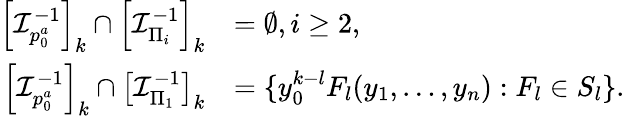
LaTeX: \begin{array}{rl}{\left[\mathcal{I}_{p_{0}^{a}}^{-1}\right]_{k}\cap\left[\mathcal{I}_{\Pi_{i}}^{-1}\right]_{k}}&{=\emptyset,i\ge 2,}\\ {\left[\mathcal{I}_{p_{0}^{a}}^{-1}\right]_{k}\cap\left[\mathcal{I}_{\Pi_{1}}^{-1}\right]_{k}}&{=\{ y_{0}^{k-l}F_{l}(y_{1},\dots,y_{n}):F_{l}\in S_{l}\} .}\end{array}